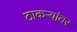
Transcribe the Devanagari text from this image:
ठाकर्‍यांवर